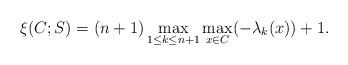
LaTeX: \begin{align*}\xi(C;S)=(n+1)\max_{1\leq k\leq n+1}\max_{x\in C}(-\lambda_k(x))+1. \end{align*}